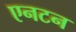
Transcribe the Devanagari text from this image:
एनटन